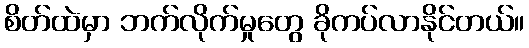
စိတ်ထဲမှာ ဘက်လိုက်မှုတွေ ခိုကပ်လာနိုင်တယ်။